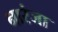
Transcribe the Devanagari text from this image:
नारंजा